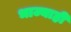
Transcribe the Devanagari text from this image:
भाज्याही